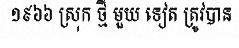
១៩៦៦ ស្រុក ថ្មី មួយ ទៀត ត្រូវបាន